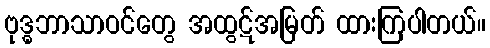
ဗုဒ္ဓဘာသာဝင်တွေ အထွဋ်အမြတ် ထားကြပါတယ်။